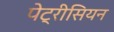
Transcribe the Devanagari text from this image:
पेट्रीसियन